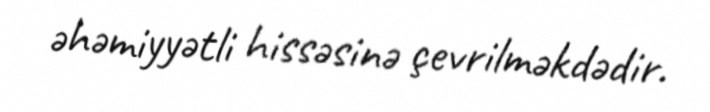
əhəmiyyətli hissəsinə çevrilməkdədir.